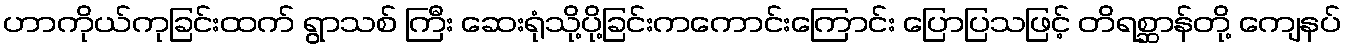
ဟာကိုယ်ကုခြင်းထက် ရွာသစ် ကြီး ဆေးရုံသို့ပို့ခြင်းကကောင်းကြောင်း ပြောပြသဖြင့် တိရစ္ဆာန်တို့ ကျေနပ်